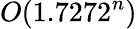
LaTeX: O(1.7272^{n})